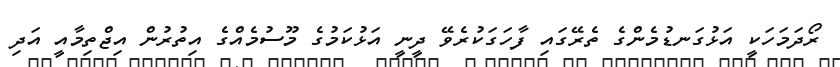
ރޯދަމަހަކީ އަޅުގަނޑުމެންގެ ތެރޭގައި ފާހަގަކުރެވޭ ދީނީ އަޅުކަމުގެ މޫސުމެއްގެ އިތުރުން އިޖްތިމާއީ އަދި